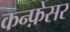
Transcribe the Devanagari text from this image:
कन्फ़ेसर